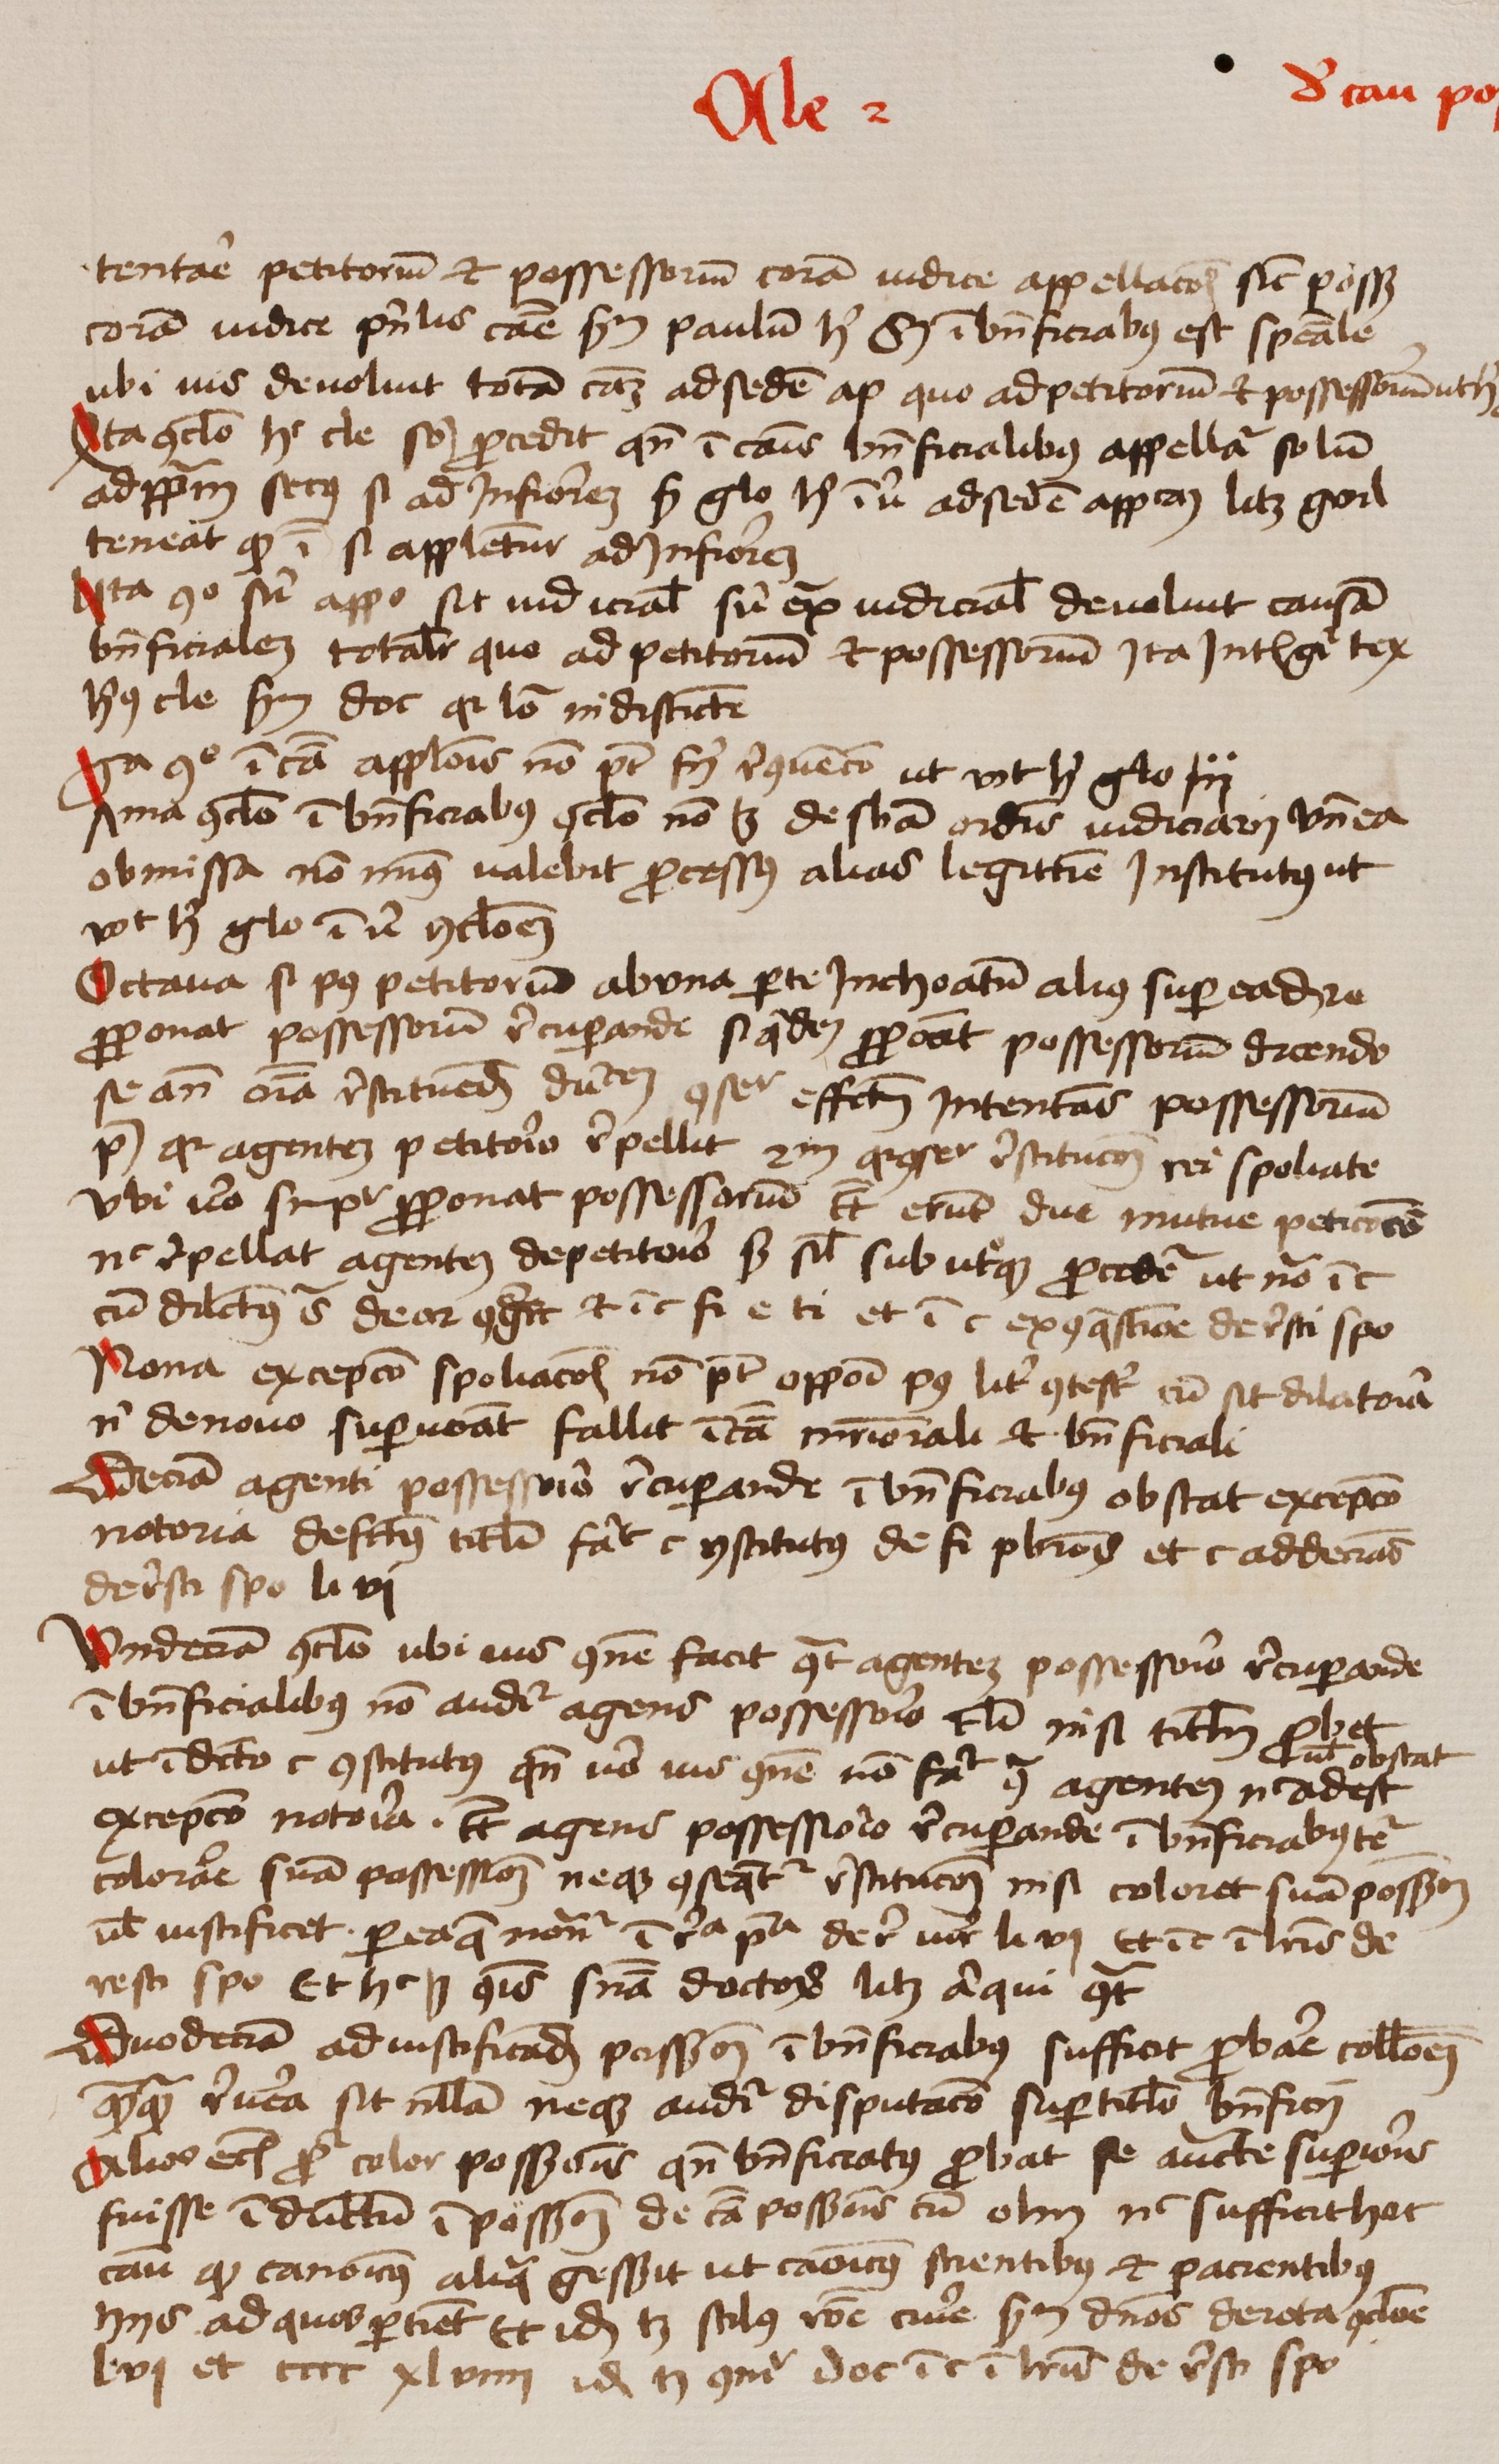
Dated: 1456–1486